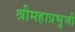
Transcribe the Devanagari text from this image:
श्रीमहाप्रभुजी